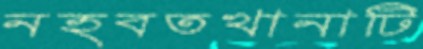
নহবতখানাটি